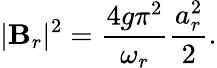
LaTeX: |\mathbf{B}_{r}|^{2}=\frac{{4g\pi^{2}}}{{\omega_{r}}}\frac{{a_{r}^{2}}}{{2}}.